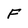
Character: F